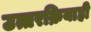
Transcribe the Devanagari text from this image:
उत्तरक्रियाही